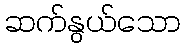
ဆက်နွယ်သော